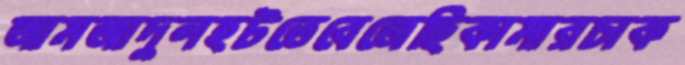
আমজাদুলহটতেবেজেছিকামারচাক